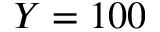
Y = 1 0 0